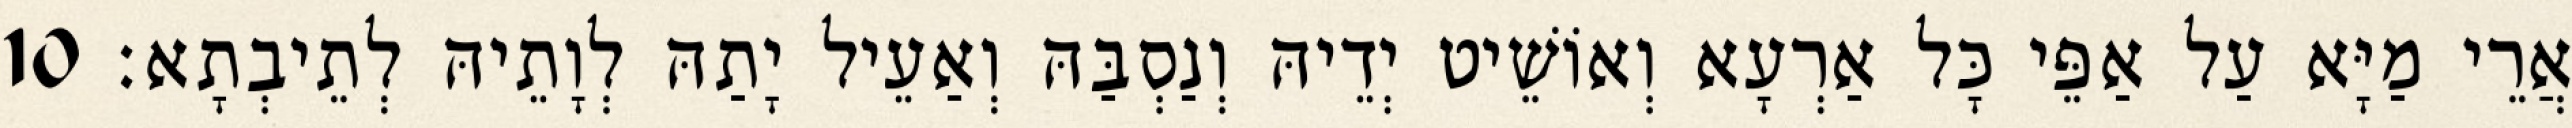
אֲרֵי מַיָּא עַל אַפֵּי כָּל אַרְעָא וְאוֹשֵׁיט יְדֵיהּ וְנַסְבַּהּ וְאַעֵיל יָתַהּ לְוָתֵיהּ לְתֵיבְתָא׃ 10